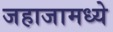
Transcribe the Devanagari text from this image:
जहाजामध्ये